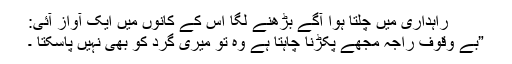
راہداری میں چلتا ہوا آگے بڑھنے لگا اس کے کانوں میں ایک آواز آئی:
”بے وقوف راجہ مجھے پکڑنا چاہتا ہے وہ تو میری گرد کو بھی نہیں پاسکتا ۔